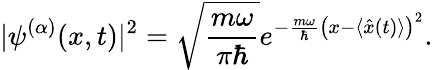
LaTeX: |\psi^{(\alpha)}(x,t)|^{2}={\sqrt{\frac{m\omega}{\pi\hbar}}}e^{-{\frac{m\omega}{\hbar}}\left(x-\langle{\hat{x}}(t)\rangle\right)^{2}}.